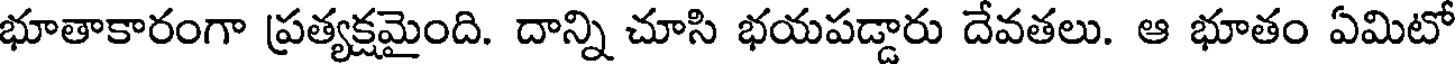
భూతాకారంగా ప్రత్యక్షమైంది. దాన్ని చూసి భయపడ్డారు దేవతలు. ఆ భూతం ఏమిటో